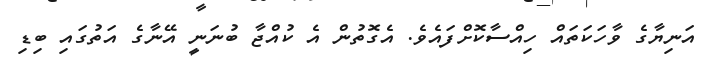
އަނިޔާގެ ވާހަކަތައް ހިއްސާކޮށްފައެވެ. އެގޮތުން އެ ކުއްޖާ ބުނަނީ އޭނާގެ އަތުގައި ބިޑި